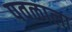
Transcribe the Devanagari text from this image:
पवळाला